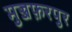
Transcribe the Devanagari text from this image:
मुज्जफ़रपुर